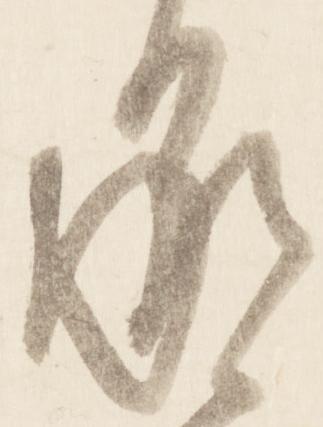
承